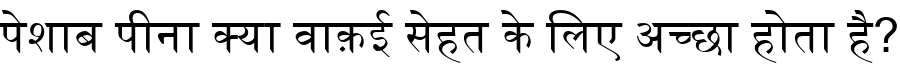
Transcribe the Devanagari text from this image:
पेशाब पीना क्या वाक़ई सेहत के लिए अच्छा होता है?